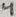
Text: 4